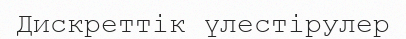
Дискреттік үлестірулер